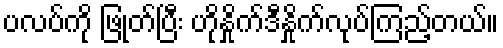
ပလပ်ကို ဖြုတ်ပြီး ဟိုနှိုက်ဒီနှိုက်လုပ်ကြည့်တယ်။